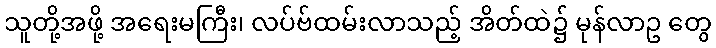
သူတို့အဖို့ အရေးမကြီး၊ လပ်ဗ်ထမ်းလာသည့် အိတ်ထဲ၌ မုန်လာဥ တွေ